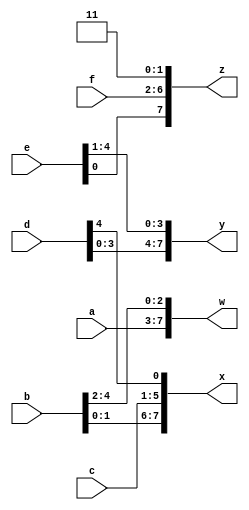
module top_module (
    input [4:0] a, b, c, d, e, f,
    output [7:0] w, x, y, z );//

    // assign { ... } = { ... };
    wire [31:0] concatenated = {a,b,c,d,e,f,2'b11};
    assign w = concatenated[31:24];
    assign x = concatenated[23:16];
    assign y = concatenated[15:8];
    assign z = concatenated[7:0];

endmodule